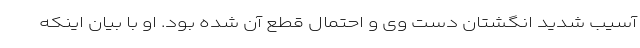
آسیب شدید انگشتان دست وی و احتمال قطع آن شده بود. او با بیان اینکه